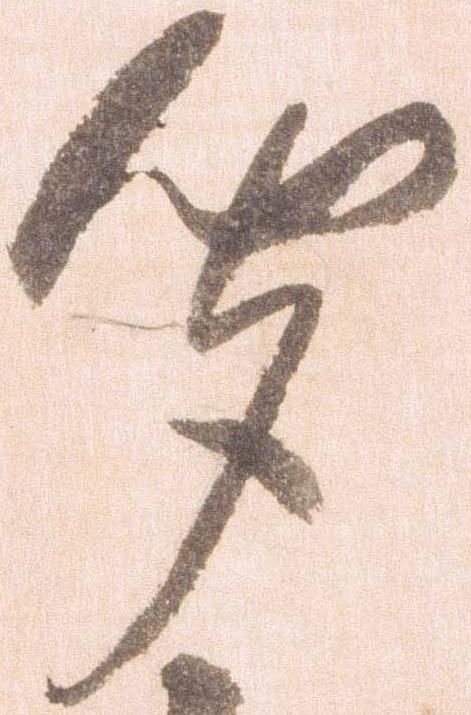
聞